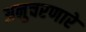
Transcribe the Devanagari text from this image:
अनुचरणारे